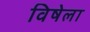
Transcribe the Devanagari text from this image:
विषेला